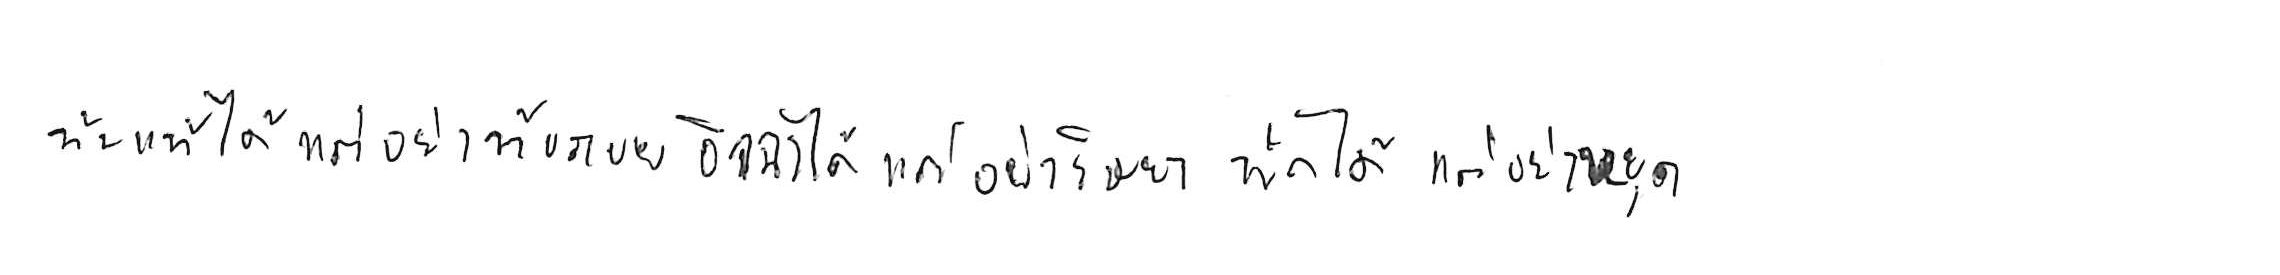
ท้อแท้ได้ แต่อย่าท้อถอย อิจฉาได้ แต่อย่าริษยา พักได้ แต่อย่าหยุด